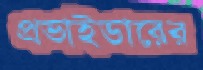
প্রভাইডারের